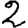
Digit: 2